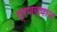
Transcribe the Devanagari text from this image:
प्रणयपाश